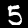
Digit: 5